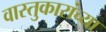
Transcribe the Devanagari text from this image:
वास्तुकारांच्या